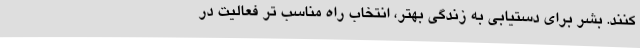
کنند. بشر برای دستیابی به زندگی بهتر، انتخاب راه مناسب تر فعالیت در